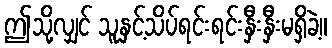
ဤသို့လျှင် သူနှင့်သိပ်ရင်းရင်းနှီးနှီးမရှိခဲ့။